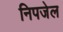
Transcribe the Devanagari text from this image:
निपजेल